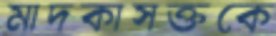
মাদকাসক্তকে